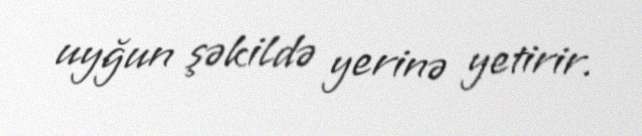
uyğun şəkildə yerinə yetirir.